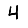
Digit: 4